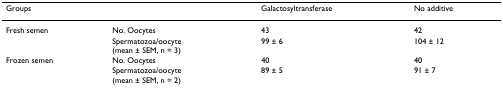
<table><thead><tr><td><b>Groups</b></td><td></td><td><b>Galactosyltransferase</b></td><td><b>No additive</b></td></tr></thead><tbody><tr><td>Fresh semen</td><td>No. Oocytes</td><td>43</td><td>42</td></tr><tr><td></td><td>Spermatozoa/oocyte(mean ± SEM, n = 3)</td><td>99 ± 6</td><td>104 ± 12</td></tr><tr><td>Frozen semen</td><td>No. Oocytes</td><td>40</td><td>40</td></tr><tr><td></td><td>Spermatozoa/oocyte(mean ± SEM, n = 2)</td><td>89 ± 5</td><td>91 ± 7</td></tr></tbody></table>